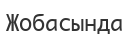
Жобасында